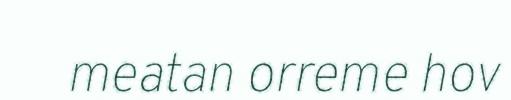
meatan orreme hov